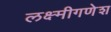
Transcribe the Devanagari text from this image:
लक्ष्मीगणेश